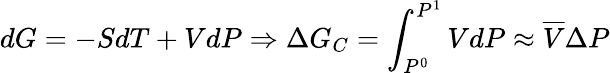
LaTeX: dG=-SdT+VdP\Rightarrow\Delta G_{C}=\int_{P^{0}}^{P^{1}}VdP\approx\overline{{V}}\Delta P